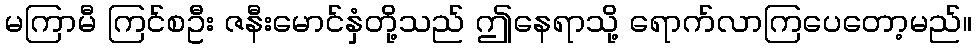
မကြာမီ ကြင်စဦး ဇနီးမောင်နှံတို့သည် ဤနေရာသို့ ရောက်လာကြပေတော့မည်။